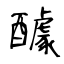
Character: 醵